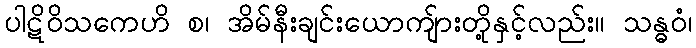
ပါဋိဝိသကေဟိ စ၊ အိမ်နီးချင်းယောကျ်ားတို့နှင့်လည်း။ သန္ဓဝံ၊